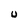
Character: U